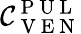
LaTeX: \mathcal{C}_{\mathrm{{~V~E~N~}}}^{\mathrm{{~P~U~L~}}}